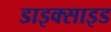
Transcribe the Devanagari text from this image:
डाइक्साइड